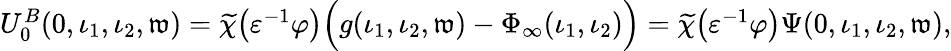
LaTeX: \begin{array}{r}{U_{0}^{B}(0,\iota_{1},\iota_{2},\mathfrak{w})=\widetilde{\chi}\big(\varepsilon^{-1}\varphi\big)\Big(g(\iota_{1},\iota_{2},\mathfrak{w})-\Phi_{\infty}(\iota_{1},\iota_{2})\Big)=\widetilde{\chi}\big(\varepsilon^{-1}\varphi\big)\Psi(0,\iota_{1},\iota_{2},\mathfrak{w}),}\end{array}